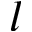
l